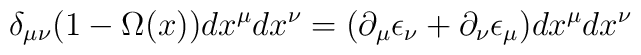
\delta_{\mu\nu}(1-\Omega(x))dx^{\mu}dx^{\nu}=(\partial_{\mu}\epsilon_{\nu} +\partial_{\nu}\epsilon_{\mu})dx^{\mu}dx^{\nu}